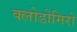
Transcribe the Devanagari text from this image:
क्लोडोमिरो